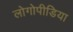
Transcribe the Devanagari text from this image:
लोगोपीडिया